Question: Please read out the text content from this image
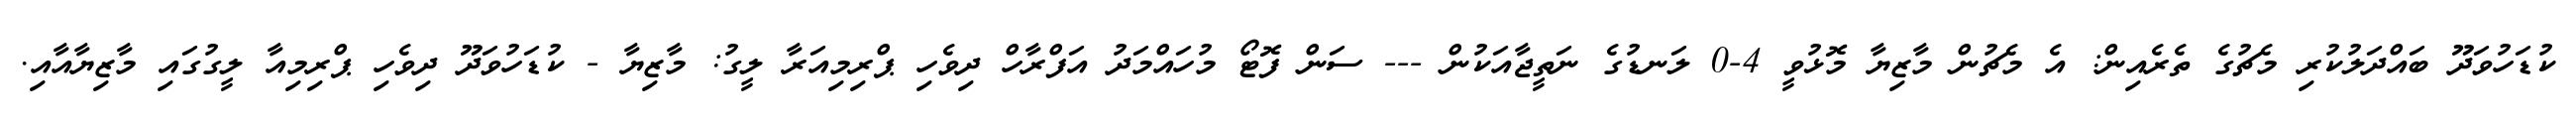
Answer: ކުޑަހުވަދޫ ބައްދަލުކުރި މެޗުގެ ތެރެއިން: އެ މެޗުން މާޒިޔާ މޮޅުވީ 4-0 ލަނޑުގެ ނަތީޖާއަކުން --- ސަން ފޮޓޯ މުހައްމަދު އަފްރާހް ދިވެހި ޕްރިމިއަރާ ލީގު: މާޒިޔާ - ކުޑަހުވަދޫ ދިވެހި ޕްރިމިއާ ލީގުގައި މާޒިޔާއާއި.